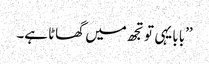
’’بابا یہی تو تجھ میں گھاٹا ہے۔